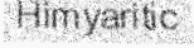
Himyaritic